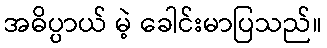
အဓိပ္ပာယ် မဲ့ ခေါင်းမာပြသည်။